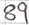
Text: 89